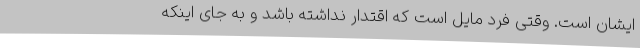
ایشان است. وقتی فرد مایل است که اقتدار نداشته باشد و به جای اینکه